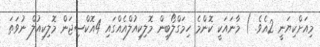
މިއަށްކިޔަނީ 2އެވެ. ) މާނައަކީ ކޮންމެ ހިމަގްލޯބިން މޮލިކިއުލްއެއްގައި 4އޮކްސިޖަން މޮލިކިއުލް ނުވަތަ